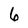
Character: 6